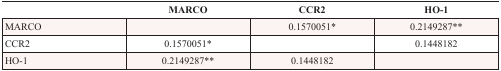
<table><thead><tr><td></td><td><b>MARCO</b></td><td><b>CCR2</b></td><td><b>HO-1</b></td></tr></thead><tbody><tr><td>MARCO</td><td></td><td>0.1570051*</td><td>0.2149287**</td></tr><tr><td>CCR2</td><td>0.1570051*</td><td></td><td>0.1448182</td></tr><tr><td>HO-1</td><td>0.2149287**</td><td>0.1448182</td><td></td></tr></tbody></table>